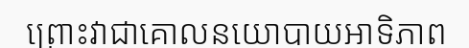
ព្រោះវាជាគោលនយោបាយអាទិភាព